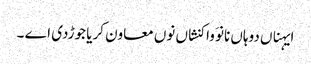
ایہناں دوہاں نانوَ واکنشاں نوں معاون کریا جوڑدی اے ۔